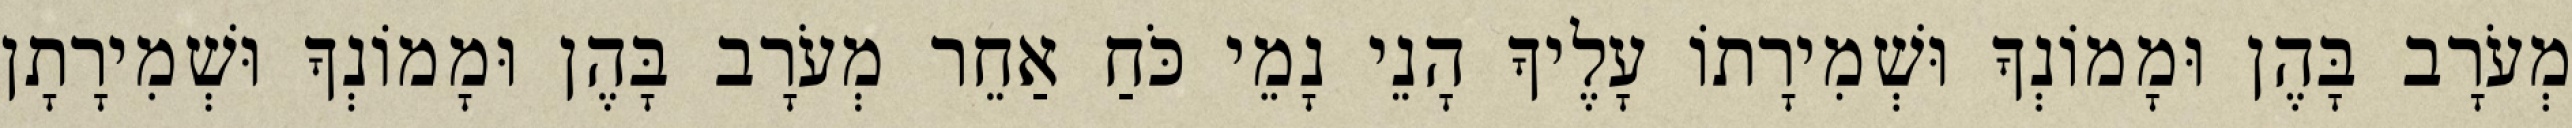
מְעֹרָב בָּהֶן וּמָמוֹנְךָ וּשְׁמִירָתוֹ עָלֶיךָ הָנֵי נָמֵי כֹּחַ אַחֵר מְעֹרָב בָּהֶן וּמָמוֹנְךָ וּשְׁמִירָתָן